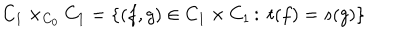
C _ { 1 } \times _ { C _ { 0 } } C _ { 1 } = \{ ( f , g ) \in C _ { 1 } \times C _ { 1 } \, \colon \; t ( f ) = s ( g ) \}